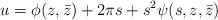
LaTeX: \begin{align*}u=\phi(z, \bar z) + 2\pi s+s^{2}\psi(s, z,\bar z)\end{align*}